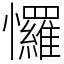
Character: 㦬